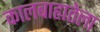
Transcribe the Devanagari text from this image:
कालबाह्यतेला